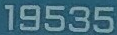
19535